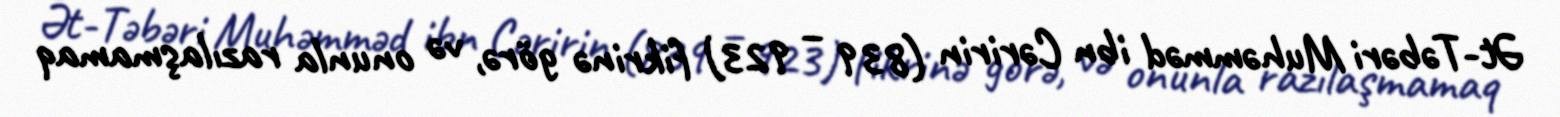
Ət-Təbəri Muhəmməd ibn Cəririn (839 – 923) fikrinə görə, və onunla razılaşmamaq